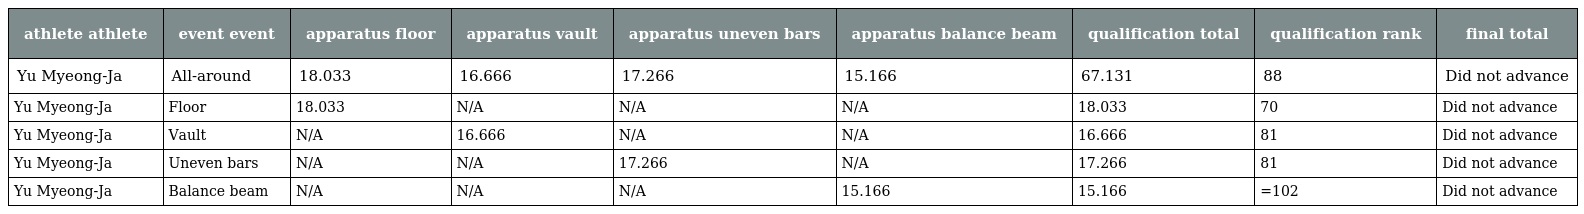
| athlete athlete | event event | apparatus floor | apparatus vault | apparatus uneven bars | apparatus balance beam | qualification total | qualification rank | final total |
 | --- | --- | --- | --- | --- | --- | --- | --- | --- |
 | Yu Myeong-Ja | All-around | 18.033 | 16.666 | 17.266 | 15.166 | 67.131 | 88 | Did not advance |
 | Yu Myeong-Ja | Floor | 18.033 | N/A | N/A | N/A | 18.033 | 70 | Did not advance |
 | Yu Myeong-Ja | Vault | N/A | 16.666 | N/A | N/A | 16.666 | 81 | Did not advance |
 | Yu Myeong-Ja | Uneven bars | N/A | N/A | 17.266 | N/A | 17.266 | 81 | Did not advance |
 | Yu Myeong-Ja | Balance beam | N/A | N/A | N/A | 15.166 | 15.166 | =102 | Did not advance |